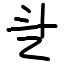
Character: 乧